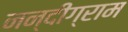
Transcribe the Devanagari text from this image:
नन्दीग्राम